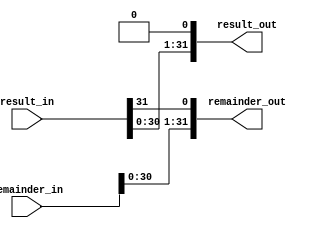
module left_shifter_64(remainder_in, result_in, remainder_out, result_out);
  input [31:0] remainder_in, result_in;
  output [31:0] remainder_out, result_out;

  wire [63:0] temp1, temp2;
  assign temp1[63:32] = remainder_in;
  assign temp1[31:0] = result_in;

  assign temp2 = temp1 << 1'b1;

  assign remainder_out = temp2[63:32];
  assign result_out = temp2[31:0];
endmodule